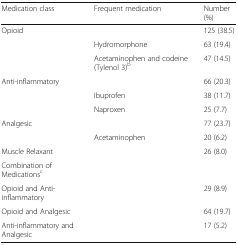
<table><thead><tr><td><b>Medication class</b></td><td><b>Frequent medication</b></td><td><b>Number (%)</b></td></tr></thead><tbody><tr><td>Opioid</td><td></td><td>125 (38.5)</td></tr><tr><td></td><td>Hydromorphone</td><td>63 (19.4)</td></tr><tr><td></td><td>Acetaminophen and codeine (Tylenol 3)<sup>b</sup></td><td>47 (14.5)</td></tr><tr><td>Anti-inflammatory</td><td></td><td>66 (20.3)</td></tr><tr><td></td><td>Ibuprofen</td><td>38 (11.7)</td></tr><tr><td></td><td>Naproxen</td><td>25 (7.7)</td></tr><tr><td>Analgesic</td><td></td><td>77 (23.7)</td></tr><tr><td></td><td>Acetaminophen</td><td>20 (6.2)</td></tr><tr><td>Muscle Relaxant</td><td></td><td>26 (8.0)</td></tr><tr><td>Combination of Medications<sup>c</sup></td><td></td><td></td></tr><tr><td>Opioid and Anti-inflammatory</td><td></td><td>29 (8.9)</td></tr><tr><td>Opioid and Analgesic</td><td></td><td>64 (19.7)</td></tr><tr><td>Anti-inflammatory and Analgesic</td><td></td><td>17 (5.2)</td></tr></tbody></table>